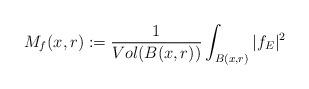
LaTeX: \begin{align*}M_f(x,r):=\frac{1}{Vol (B(x,r))}\int_{B(x,r)}|f_{E}|^2 \end{align*}